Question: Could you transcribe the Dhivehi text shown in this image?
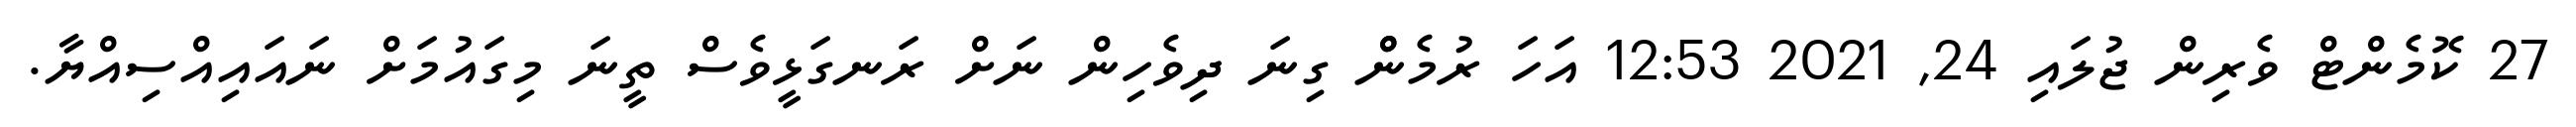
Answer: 27 ކޮމެންޓް ވެރިން ޖުލައި 24, 2021 12:53 އަހަ ރުމެންް ގިނަ ދިވެހިން ނަށް ރަނގަޅީވެސް ތީނަ މިގައުމަށް ނައައިއްސިއްޔާ.